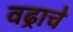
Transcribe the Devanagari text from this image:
वढ्राचे